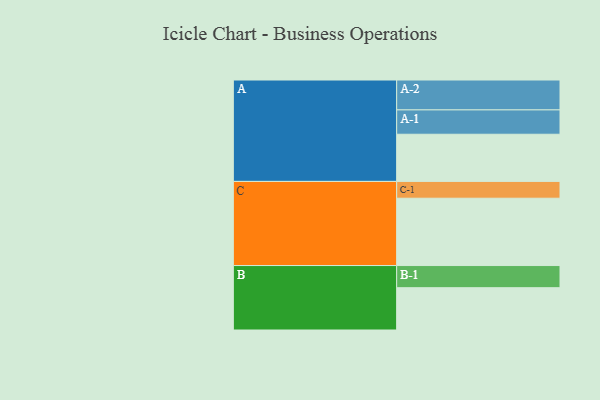
{"axis": {"x": "Segment", "y": "Value"}, "legend": ["", "A", "B", "C"], "data": [{"x": "A", "y": 407, "type": ""}, {"x": "B", "y": 365, "type": ""}, {"x": "C", "y": 581, "type": ""}, {"x": "A-1", "y": 210, "type": "A"}, {"x": "A-2", "y": 258, "type": "A"}, {"x": "B-1", "y": 191, "type": "B"}, {"x": "C-1", "y": 145, "type": "C"}]}